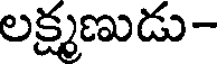
లక్ష్మణుడు-